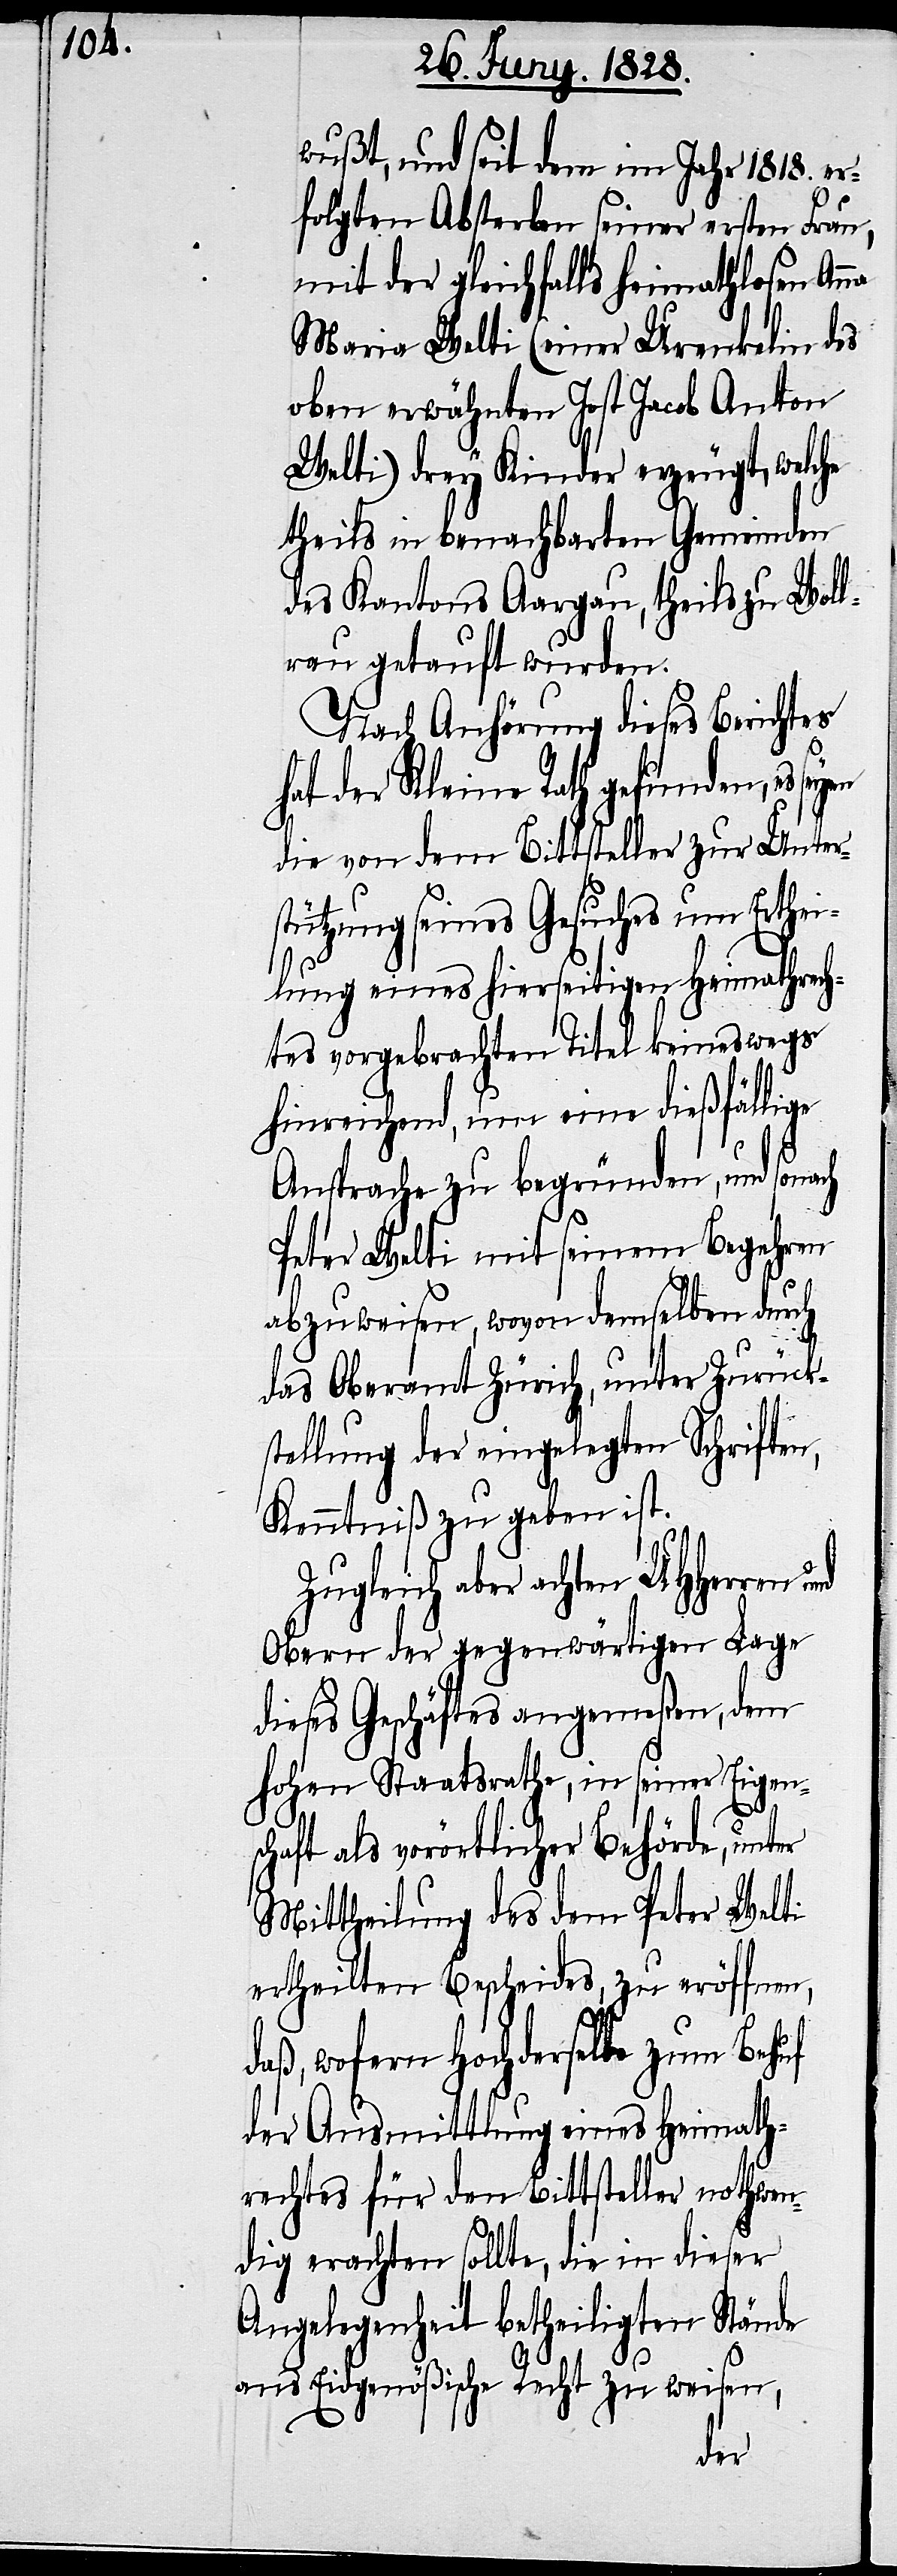
wußt, und seit dem im Jahr 1818. er¬
folgten Absterben seiner ersten Frau,
mit der gleichfalls heimathlosen Anna
Maria Welti (einer Urenkelin des
oben erwähnten Jost Jacob Anton
Welti) drey Kinder erzeugt, welche
theils in benachbarten Gemeinden
des Kantons Aargau, theils zu Woll¬
erau getauft wurden.
Nach Anhörung dieses Berichtes
hat der Kleine Rath gefunden, es
die von dem Bittsteller zur Unters¬
tützung seines Gesuches um Erth¬
eilung eines hierseitigen Heimathrech¬
tes vorgebrachten Titel keineswegs
hinreichend, um eine dießfällige
Ansprache zu begründen, und sonach
Peter Welti mit seinem Begehren
abzuweisen, wovon demselben durch
das Oberamt Zürich, unter Zurücks¬
tellung der eingelegten Schriften,
Kenntniß zu geben ist.
Zugleich aber achten UHHerren
Obern der gegenwärtigen Lage
dieses Geschäftes angemeßen, dem
hohen Staatsrathe, in seiner Eigens¬
chaft als vorörtlicher Behörde, unter
Mittheilung des dem Peter Welti
ertheilten Bescheides, zu eröffnen,
daß, wofern Hochderselbe zum Behuf
der Ausmittlung eines Heimath¬
rechtes für den Bittsteller nothwen¬
dig erachten sollte, die in dieser
Angelegenheit betheilten Stände
ans Eidgenößische Recht zu weisen,